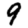
Digit: 9